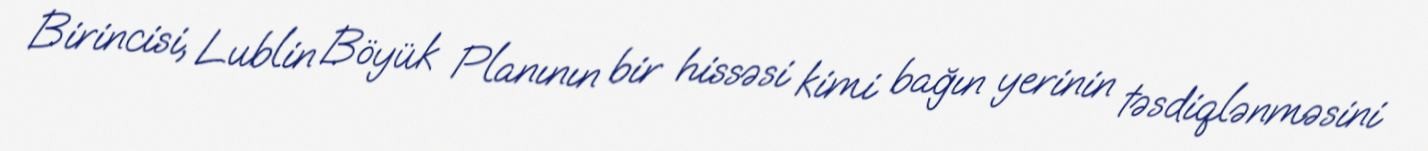
Birincisi, Lublin Böyük Planının bir hissəsi kimi bağın yerinin təsdiqlənməsini